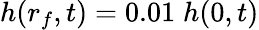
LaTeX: h(r_{f},t)=0.01\; h(0,t)